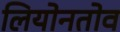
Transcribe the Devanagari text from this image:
लियोनतोव